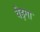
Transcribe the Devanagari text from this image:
वेइगा